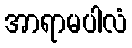
အာရာမပါလံ